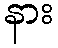
နား